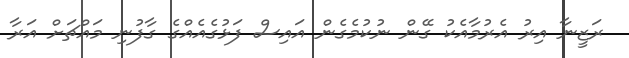
ރަޒީނާ އިރު އެރުމާއެކު ގޭން ނުކުމެގެން އައިސް ފަޅުގެއެއްގެ ގާފުނި މައްޗަށް އަރާ